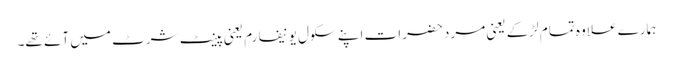
ہمارے علاوہ تمام لڑکے یعنی مرد حضرات اپنے سکول یونیفارم یعنی پینٹ شرٹ میں آئے تھے۔